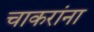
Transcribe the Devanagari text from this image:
चाकरांना